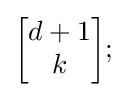
{\begin{bmatrix}d+1\\k\end{bmatrix}};